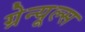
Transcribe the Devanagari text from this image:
ग्रेन्यूल्स